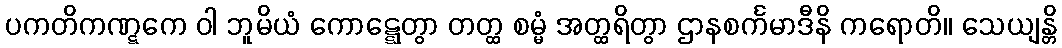
ပကတိကဏ္ဋကေ ဝါ ဘူမိယံ ကောဋ္ဋေတွာ တတ္ထ စမ္မံ အတ္ထရိတွာ ဌာနစင်္ကမာဒီနိ ကရောတိ။ သေယျန္တိ